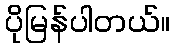
ပိုမြန်ပါတယ်။